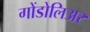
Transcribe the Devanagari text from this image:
गोंडोलिअर